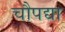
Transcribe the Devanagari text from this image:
चौपद्या